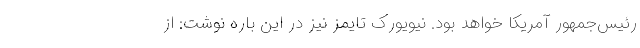
رئیس‌جمهور آمریکا خواهد بود. نیویورک تایمز نیز در این باره نوشت: از